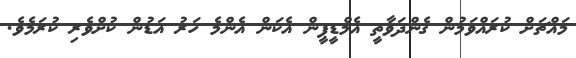
މައްޗަށް ކުރަައްވަމުން ގެންދަވާތީ އެމްޑީޕީން އެކަން އެންމެ ހަރު އަޑުން ކުށްވެރި ކުރަމެވެ.